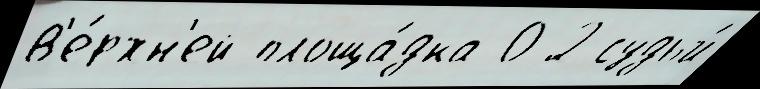
в'е́рхн'ей площа́дка 0-2 судьи́